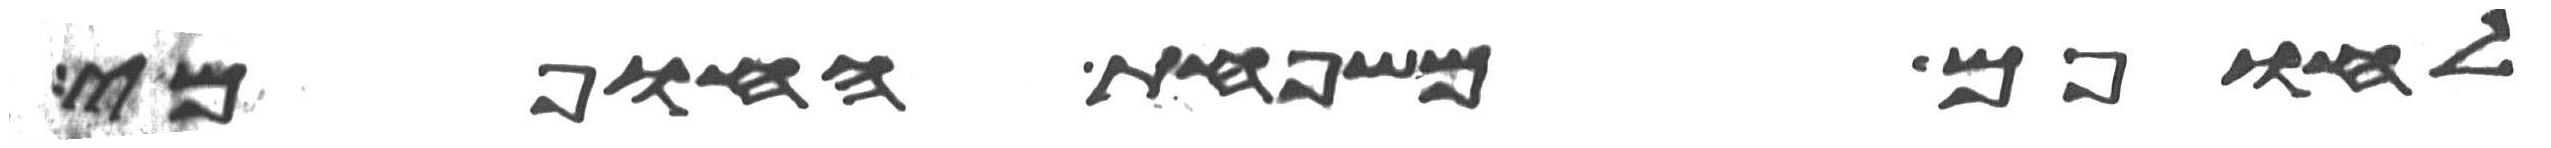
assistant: לחופם משפחת החופמי